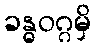
ခန္ဓဝဂ္ဂမှိ